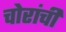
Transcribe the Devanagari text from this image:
चोरांची